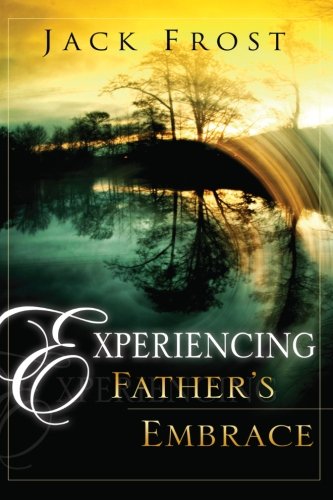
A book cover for Experiencing Father's Embrace; Jack Frost; Christian Books & Bibles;